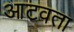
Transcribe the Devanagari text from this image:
आटवता